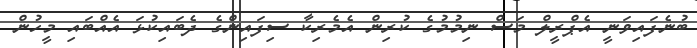
ބުނެފައިވަނީ އެޕްރީލް މަސް ނިމުމުގެ ކުރިން އެމެރިކާ ސިފައިންގެ ދެބައިކުޅަ އެއްބައި މީހުން